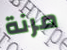
مرنة